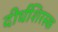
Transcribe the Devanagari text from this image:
दीर्घशिरस्क